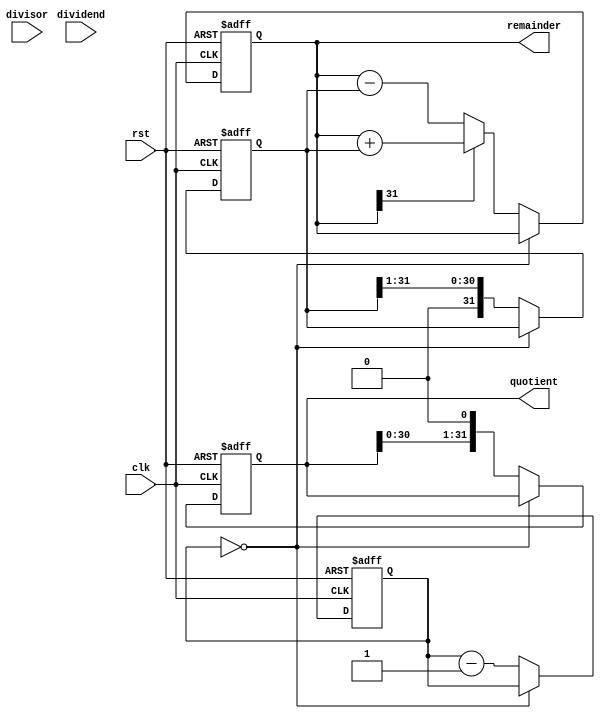
module non_restoring_divider(
    input wire clk,
    input wire rst,
    input wire [31:0] dividend,
    input wire [31:0] divisor,
    output reg [31:0] quotient,
    output reg [31:0] remainder
);

reg [31:0] div_reg;
reg [31:0] quo_reg;
reg [31:0] rem_reg;
reg [3:0] count;
reg done;

always @ (posedge clk or posedge rst) begin
    if (rst) begin
        div_reg <= 32'b0;
        quo_reg <= 32'b0;
        rem_reg <= 32'b0;
        count <= 4'b1111;
        done <= 1'b0;
    end else begin
        if (count == 4'b0000) begin
            done <= 1'b1;
        end else begin
            if (rem_reg[31] == 1'b0) begin
                rem_reg <= rem_reg - div_reg;
                quo_reg <= quo_reg << 1;
                div_reg <= div_reg >> 1;
            end else begin
                rem_reg <= rem_reg + div_reg;
                quo_reg[0] <= 1'b1;
                quo_reg <= quo_reg << 1;
                div_reg <= div_reg >> 1;
            end
            count <= count - 1;
        end
    end
end

assign quotient = quo_reg;
assign remainder = rem_reg;

endmodule